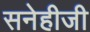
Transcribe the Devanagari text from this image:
सनेहीजी